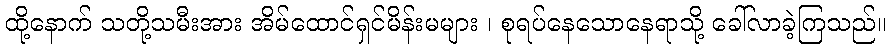
ထို့နောက် သတို့သမီးအား အိမ်ထောင်ရှင်မိန်းမများ ၊ စုရပ်နေသောနေရာသို့ ခေါ်လာခဲ့ကြသည်။